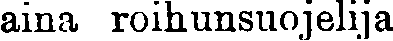
aina roihunsuojelija